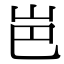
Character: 岜